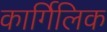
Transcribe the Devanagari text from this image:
कार्गिलिक